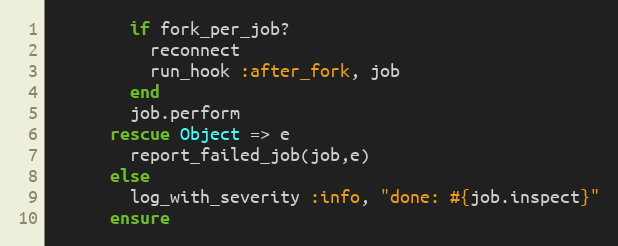
Language: Ruby
        if fork_per_job?
          reconnect
          run_hook :after_fork, job
        end
        job.perform
      rescue Object => e
        report_failed_job(job,e)
      else
        log_with_severity :info, "done: #{job.inspect}"
      ensure